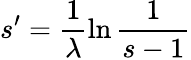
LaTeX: s^{\prime}=\frac{1}{\lambda}\ln{\frac{1}{s-1}}